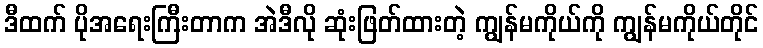
ဒီထက် ပိုအရေးကြီးတာက အဲဒီလို ဆုံးဖြတ်ထားတဲ့ ကျွန်မကိုယ်ကို ကျွန်မကိုယ်တိုင်